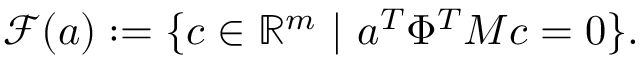
\mathcal { F } ( \boldsymbol { a } ) : = \{ \boldsymbol { c } \in \mathbb { R } ^ { m } \mathrm { ~ } | \mathrm { ~ } \boldsymbol { a } ^ { T } \Phi ^ { T } M \boldsymbol { c } = 0 \} .